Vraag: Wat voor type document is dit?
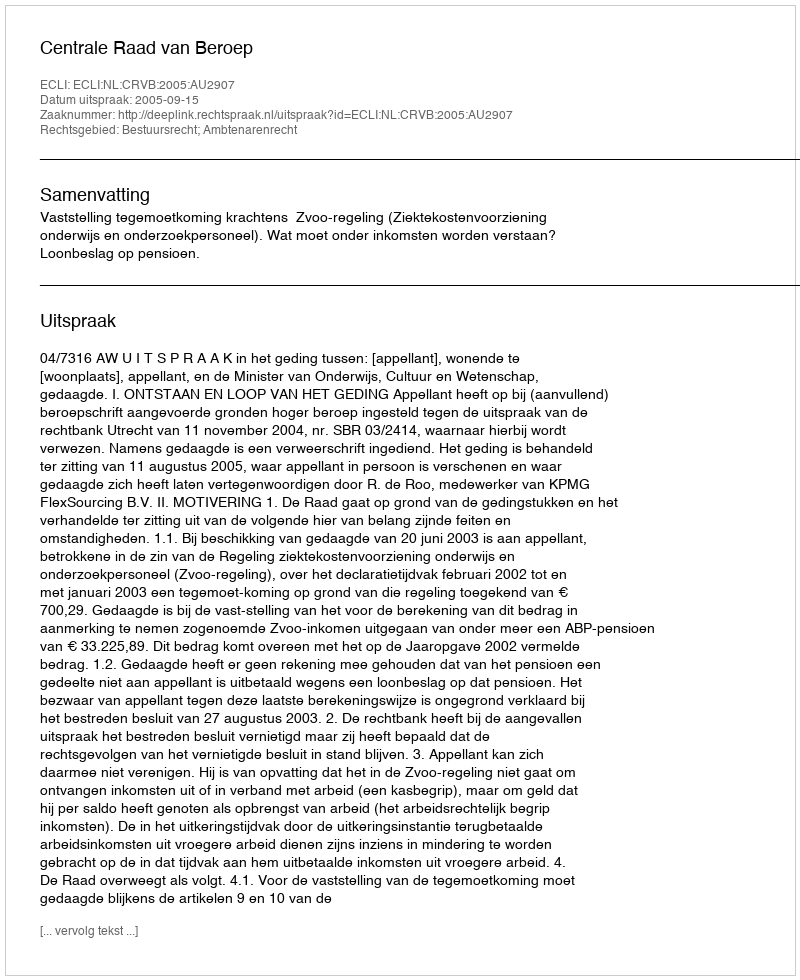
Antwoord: Uitspraak